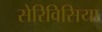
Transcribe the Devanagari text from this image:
सेरिविसिया